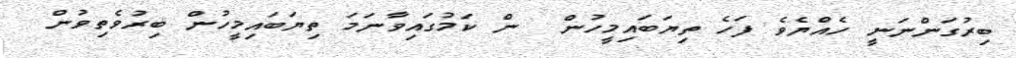
ބިރުގަންނަނީ ހެއްޔެވެ ފަހެ ތިޔަބައިމީހުން  ން ކަމުގައިވާނަމަ ތިޔަބައިމީހުން ބިރުވެތިވުން